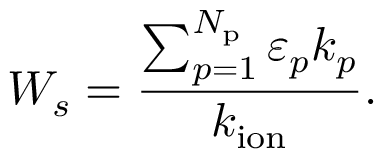
W _ { s } = \frac { \sum _ { p = 1 } ^ { N _ { \mathrm { p } } } \varepsilon _ { p } k _ { p } } { k _ { \mathrm { i o n } } } .